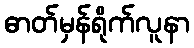
ဓာတ်မှန်ရိုက်လူနာ